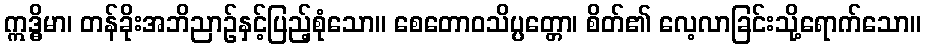
ဣဒ္ဓိမာ၊ တန်ခိုးအဘိညာဉ်နှင့်ပြည့်စုံသော။ စေတောဝသိပ္ပတ္တော၊ စိတ်၏ လေ့လာခြင်းသို့ရောက်သော။